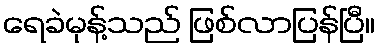
ရေခဲမုန့်သည် ဖြစ်လာပြန်ပြီ။